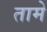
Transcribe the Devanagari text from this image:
तामे